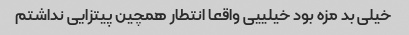
خیلی بد مزه بود خیلییی واقعا انتطار همچین پیتزایی نداشتم